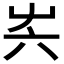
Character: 𡴆